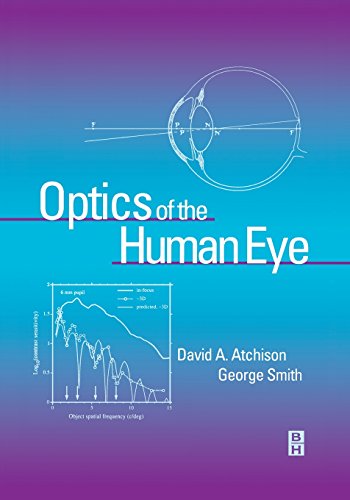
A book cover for Optics of the Human Eye, 1e; David Atchison BScOptom  MScOptom  PhD  GradCertEd  FAAO; Medical Books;